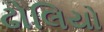
ઢોલિયો